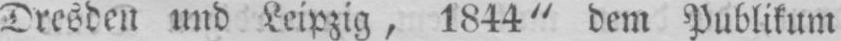
Dresden und Leipzig, 1844“ dem Publikum